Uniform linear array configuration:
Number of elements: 12
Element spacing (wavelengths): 1
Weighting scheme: kaiser
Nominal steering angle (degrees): -30
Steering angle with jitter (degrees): -28.563
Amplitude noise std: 0.05
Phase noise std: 0.05

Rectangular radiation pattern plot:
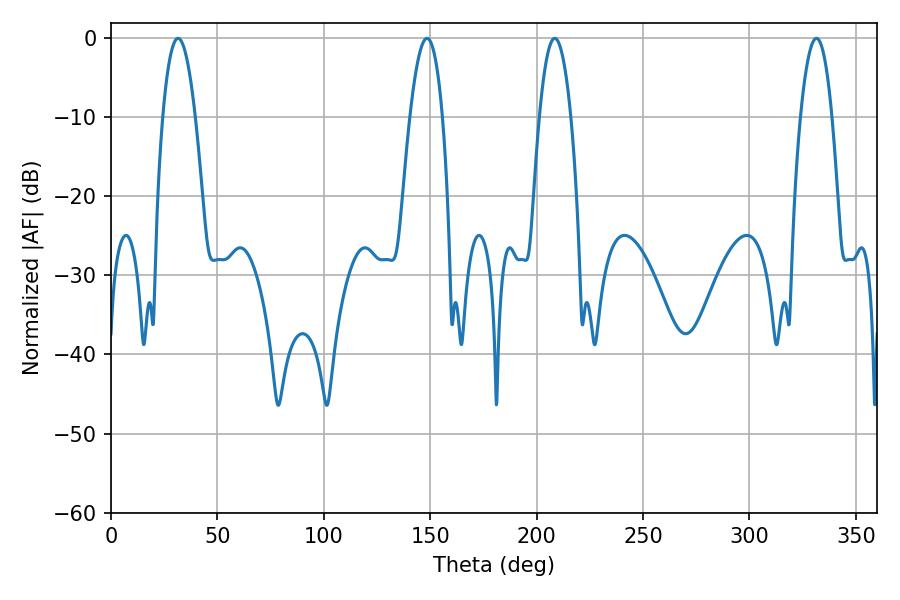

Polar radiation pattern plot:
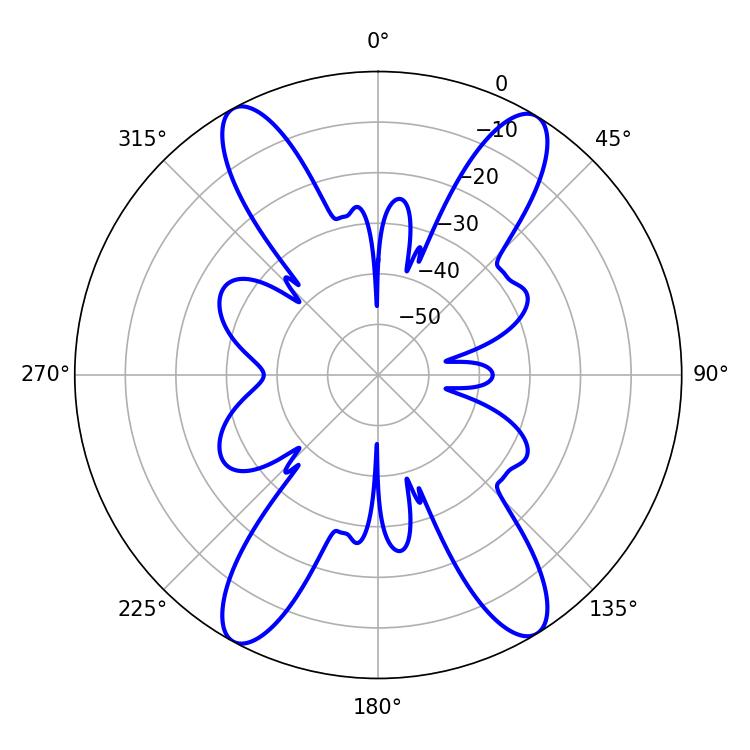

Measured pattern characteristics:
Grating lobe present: TRUE
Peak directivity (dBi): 20.128
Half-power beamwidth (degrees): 8.46
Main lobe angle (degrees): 31.5